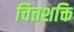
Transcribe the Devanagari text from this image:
चित्तशक्ति